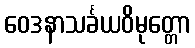
ဝေဒနာသင်္ခယဝိမုတ္တော